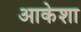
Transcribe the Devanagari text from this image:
आकेशा